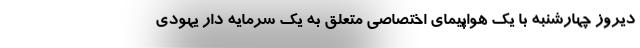
دیروز چهارشنبه با یک هواپیمای اختصاصی متعلق به یک سرمایه دار یهودی